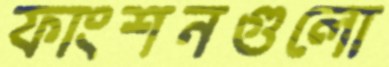
ফাংশনগুলো